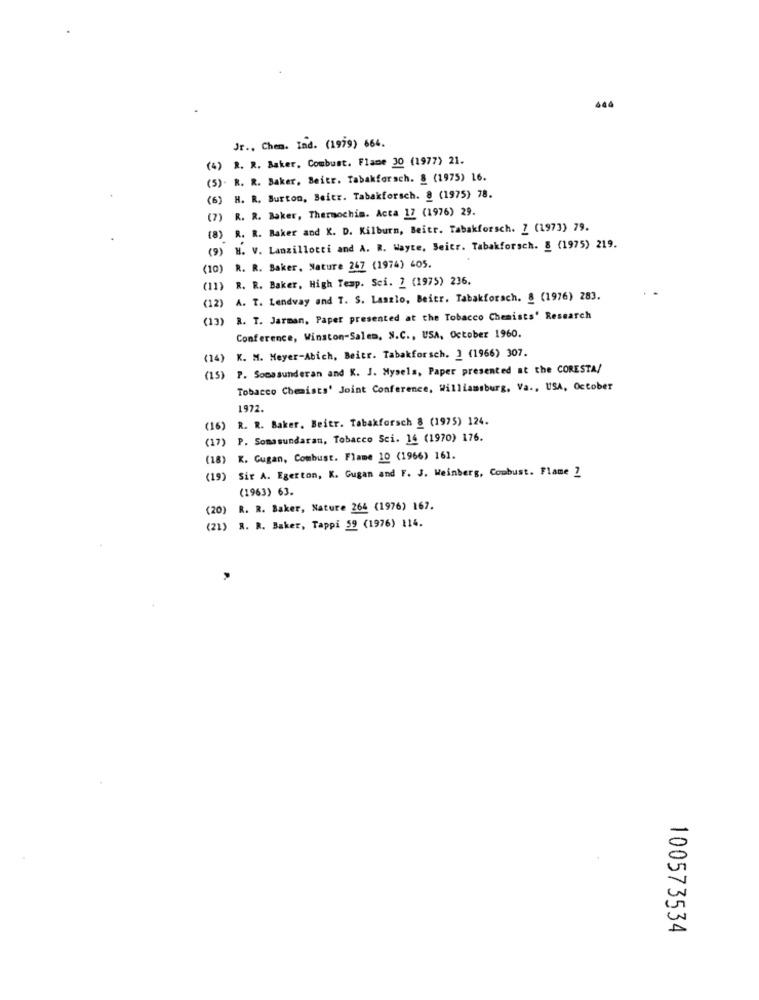
444
Jr ., Chem. Ind. (1999) 664.
R. R. Baker, Combust. Flame 30 (1977) 21.
(5). R. R. Baker, Beitr. Tabakforsch. § (1975) 16.
(6) H. R. Burton, Beitr. Tabakforsch. § (1975) 78.
(7) R. R. Baker, Thermochim. Acta 17 (1976) 29.
(8) R. R. Baker and K. D. Kilburn, Beitr. Tabakforsch. Z (1973) 79.
(9) H. V. Lanzillotti and A. R. Wayte, Beitr. Tabakforsch. & (1975) 219.
(10) R. R. Saker, Nature 267 (1974) 405.
(11) R. R. Baker, High Temp. Sci. 2 (1975) 236.
(12) A. T. Lendway and T. S. Laszlo, Beitr. Tabakforach. & (1976) 283.
(13) R. T. Jarman, Paper presented at the Tobacco Chemists' Research
Conference, Winston-Salem, S.C ., USA, October 1960.
(14) K. M. Meyer-Abich, Beier. Tabakforsch. ] (1966) 307.
(15) P. Somosunderan and K. J. Mysels, Paper presented at the CORESTA/
Tobacco Chemists' Joint Conference, Williamsburg, Va ., USA, October
1972.
(16) R. R. Baker, Beitr. Tabakforsch & (1975) 124.
(17) P. Somasundaran, Tobacco Sci. 16 (1970) 176.
(18) K. Gugan, Combust. Flame 10 (1966) 161.
(19) Sir A. Egerton, K. Gugan and F. J. Weinberg, Combust. Flame 2
(1963) 63.
(20)
R. R. Baker, Nature 264 (1976) 167.
)R. R. Baker, Tappi 59 (1976) 114.
100573534